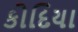
કોદિયા